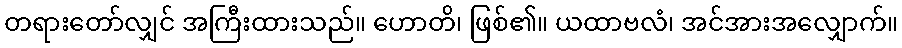
တရားတော်လျှင် အကြီးထားသည်။ ဟောတိ၊ ဖြစ်၏။ ယထာဗလံ၊ အင်အားအလျှောက်။